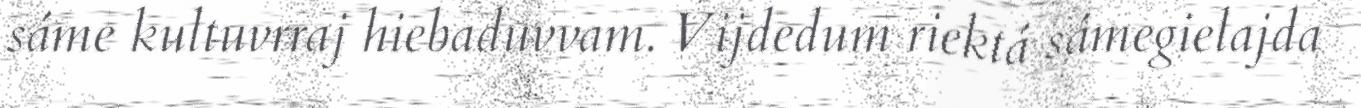
sáme kultuvrraj hiebaduvvam. Vijdedum riektá sámegielajda